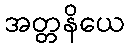
အတ္တနိယေ